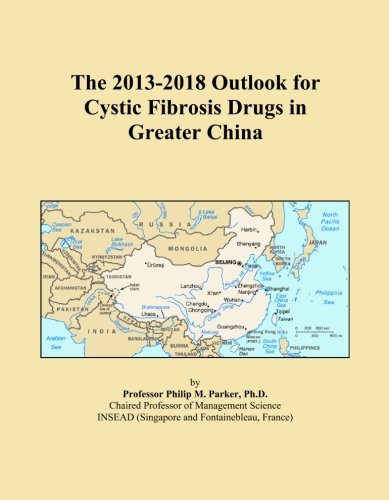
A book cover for The 2013-2018 Outlook for Cystic Fibrosis Drugs in Greater China; Icon Group International; Health, Fitness & Dieting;